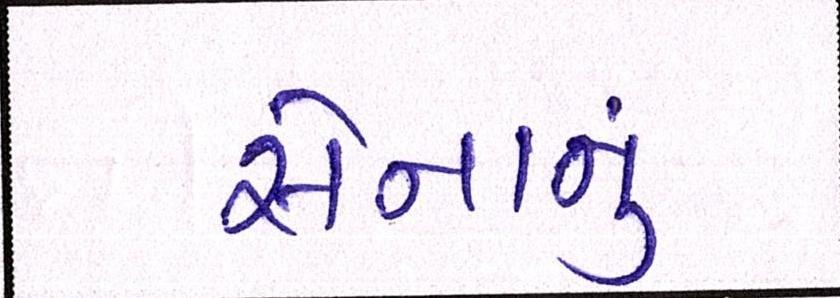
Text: સેનાનું